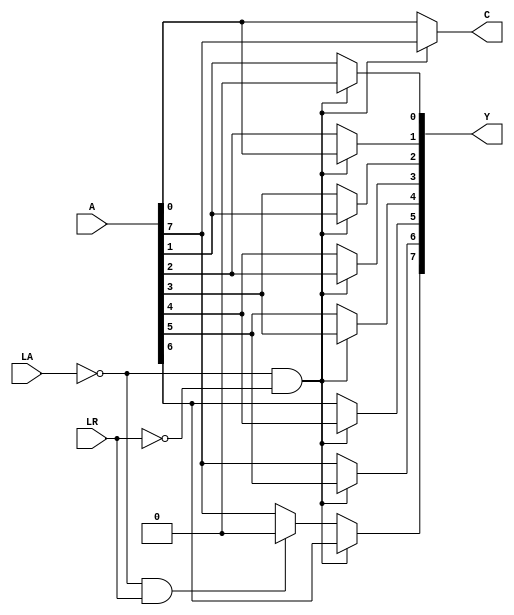
module shifter(A, LA, LR, Y, C); 

	// inputs
	input [7:0] A;
	input LA;
	input LR;
	
	// outputs
	output reg [7:0] Y;
	output reg C;
  
  // implement module here
	always@(*) 
	begin 
	
		if ((~LA)&&(~LR)) begin
		// logical left
		Y[7]<=A[6];
		Y[6]<=A[5];
		Y[5]<=A[4];
		Y[4]<=A[3];
		Y[3]<=A[2];
		Y[2]<=A[1];
		Y[1]<=A[0];
		Y[0]<=1'b0;
		C<=A[7];
		end 
		
		else if ((~LA)&&(LR)) begin
		// logical right
		Y[7]<=1'b0;
		Y[6]<=A[7];
		Y[5]<=A[6];
		Y[4]<=A[5];
		Y[3]<=A[4];
		Y[2]<=A[3];
		Y[1]<=A[2];
		Y[0]<=A[1];
		C<=A[0];
		end 
		
		else begin
		// arithmetic right
		Y[7]<=A[7];
		Y[6]<=A[7];
		Y[5]<=A[6];
		Y[4]<=A[5];
		Y[3]<=A[4];
		Y[2]<=A[3];
		Y[1]<=A[2];
		Y[0]<=A[1];
		C<=A[0];
		end
		
	end
  
endmodule